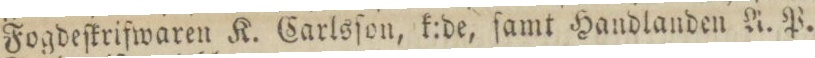
Fogdeſkrifwaren K. Carlsſon, k:de, ſamt Handlanden A. P.